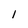
Character: 1